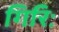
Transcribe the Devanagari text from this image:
गिरिः